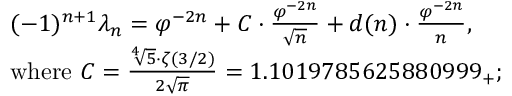
{ \begin{array} { r l } & { ( - 1 ) ^ { n + 1 } \lambda _ { n } = \varphi ^ { - 2 n } + C \cdot { \frac { \varphi ^ { - 2 n } } { \sqrt { n } } } + d ( n ) \cdot { \frac { \varphi ^ { - 2 n } } { n } } , } \\ & { { \mathrm { w h e r e ~ } } C = { \frac { { \sqrt [ { 4 } ] { 5 } } \cdot \zeta ( 3 / 2 ) } { 2 { \sqrt { \pi } } } } = 1 . 1 0 1 9 7 8 5 6 2 5 8 8 0 9 9 9 _ { + } ; } \end{array} }